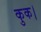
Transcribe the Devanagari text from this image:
कुक।